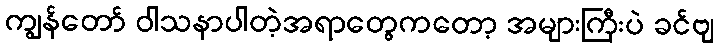
ကျွန်တော် ဝါသနာပါတဲ့အရာတွေကတော့ အများကြီးပဲ ခင်ဗျ